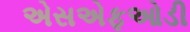
એસએફઓડી